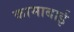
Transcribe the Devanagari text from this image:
कामाबाई